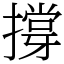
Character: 撐